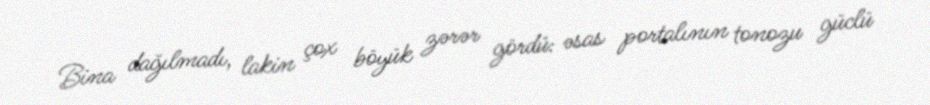
Bina dağılmadı, lakin çox böyük zərər gördü: əsas portalının tonozu güclü